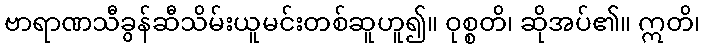
ဗာရာဏသီခွန်ဆီသိမ်းယူမင်းတစ်ဆူဟူ၍။ ဝုစ္စတိ၊ ဆိုအပ်၏။ ဣတိ၊